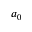
a _ { 0 }